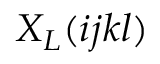
X _ { L } ( i j k l )